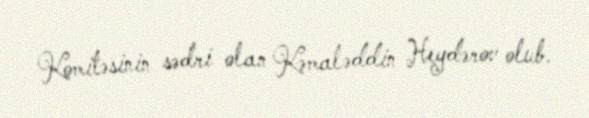
Komitəsinin sədri olan Kəmaləddin Heydərov olub.